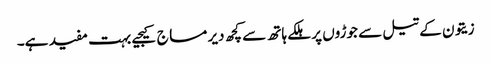
زیتون کے تیل سے جوڑوں پر ہلکے ہاتھ سے کچھ دیر مساج کیجیے بہت مفید ہے۔